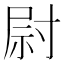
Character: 尉